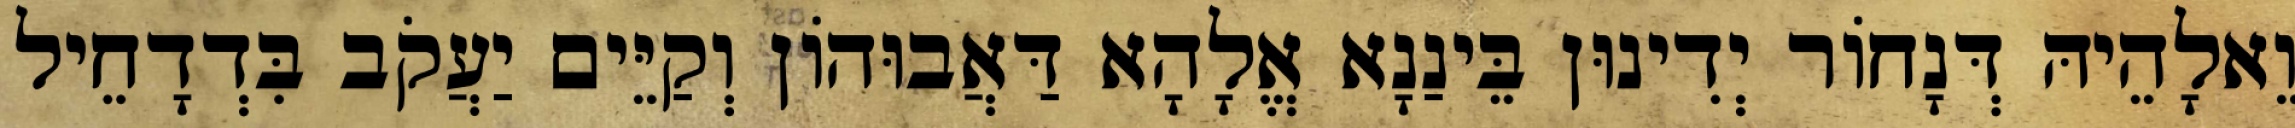
וֵאלָהֵיהּ דְּנָחוֹר יְדִינוּן בֵּינַנָא אֱלָהָא דַּאֲבוּהוֹן וְקַיֵּים יַעֲקֹב בִּדְדָחֵיל